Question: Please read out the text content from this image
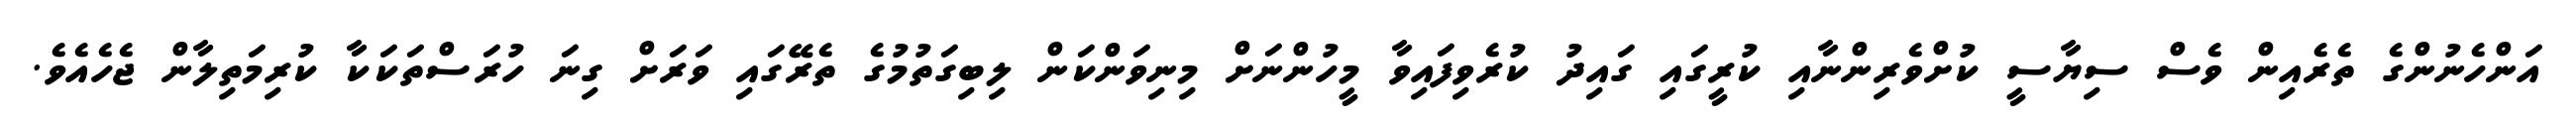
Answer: އަންހެނުންގެ ތެރެއިން ވެސް ސިޔާސީ ކުށްވެރިންނާއި ކުރީގައި ގައިދު ކުރެވިފައިވާ މީހުންނަށް މިނިވަންކަން ލިބިގަތުމުގެ ތެރޭގައި ވަރަށް ގިނަ ހުރަސްތަކަކާ ކުރިމަތިލާން ޖެހެއެވެ.